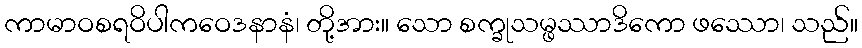
ကာမာဝစရဝိပါကဝေဒနာနံ၊ တို့အား။ သော စက္ခုသမ္ဖဿာဒိကော ဖဿော၊ သည်။